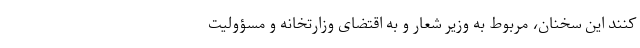
کنند این سخنان، مربوط به وزیر شعار و به اقتضای وزارتخانه و مسؤولیت